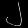
Digit: ၂